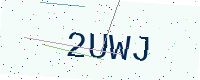
Text: 2UWJ